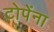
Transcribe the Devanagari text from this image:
टोपेंना